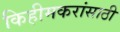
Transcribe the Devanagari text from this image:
किहीमकरांसाठी